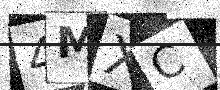
Text: 4MXC